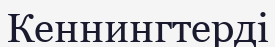
Кеннингтерді